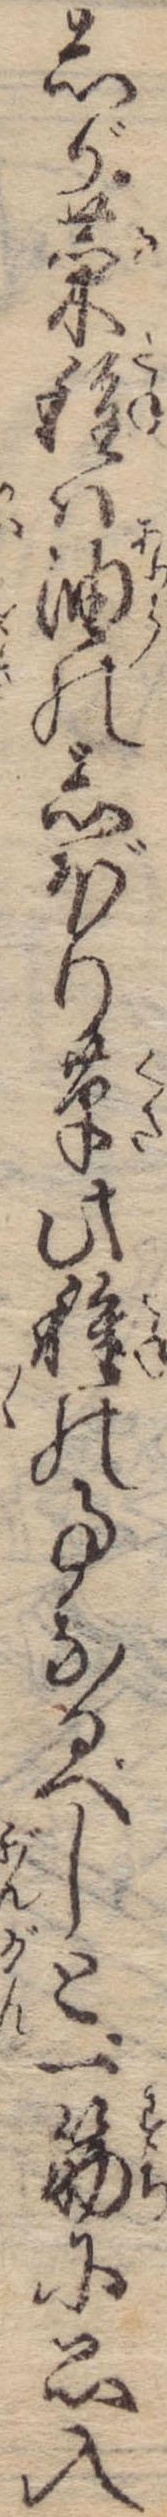
しが菜種は油のしぼり草此種の事なるべしと一筋に思入